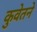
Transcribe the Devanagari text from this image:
कुवेतने